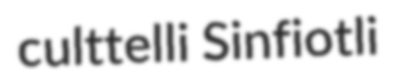
culttelli Sinfiotli